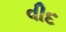
વીદ